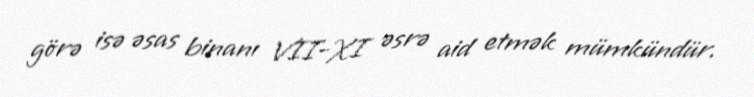
görə isə əsas binanı VII-XI əsrə aid etmək mümkündür.